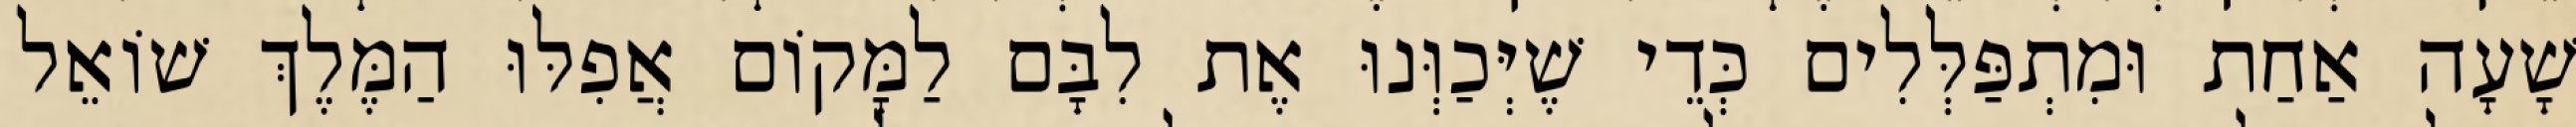
שָׁעָה אַחַת וּמִתְפַּלְּלִים כְּדֵי שֶׁיְּכַוְּנוּ אֶת לִבָּם לַמָּקוֹם אֲפִלּוּ הַמֶּלֶךְ שׁוֹאֵל